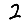
Digit: 2